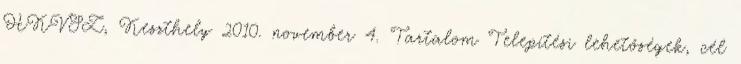
HKVSZ, Keszthely 2010. november 4. Tartalom Telepítési lehetőségek, cél